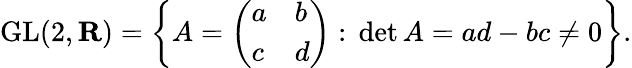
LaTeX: \operatorname{GL}(2,\mathbf{R})=\left\{ A={\left(\begin{array}{ll}{a}&{b}\\ {c}&{d}\end{array}\right)}:\, \operatorname*{det}A=ad-bc\neq 0\right\} .